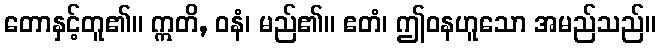
တောနှင့်တူ၏။ ဣတိ, ဝနံ၊ မည်၏။ ဧတံ၊ ဤဝနဟူသော အမည်သည်။